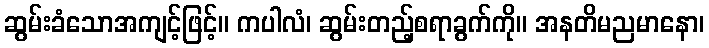
ဆွမ်းခံသောအကျင့်ဖြင့်။ ကပါလံ၊ ဆွမ်းတည့်စရာခွက်ကို။ အနတိမညမာနော၊